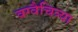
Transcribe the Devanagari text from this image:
वग्वैचित्र्या